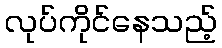
လုပ်ကိုင်နေသည့်